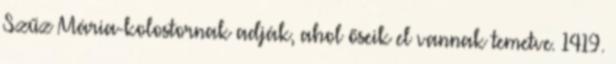
Szűz Mária-kolostornak adják, ahol őseik el vannak temetve. 1419.